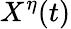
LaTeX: X^{\eta}(t)